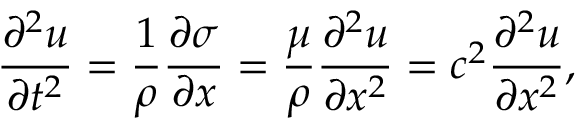
\frac { \partial ^ { 2 } u } { \partial t ^ { 2 } } = \frac { 1 } { \rho } \frac { \partial \sigma } { \partial x } = \frac { \mu } { \rho } \frac { \partial ^ { 2 } u } { \partial x ^ { 2 } } = c ^ { 2 } \frac { \partial ^ { 2 } u } { \partial x ^ { 2 } } ,